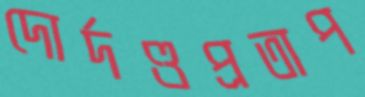
দোর্দণ্ডপ্রতাপ